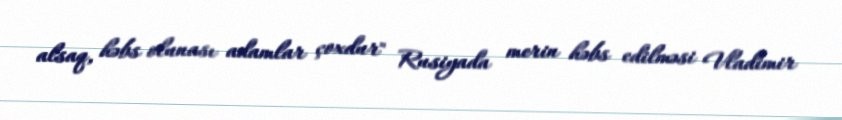
alsaq, həbs olunası adamlar çoxdur" Rusiyada merin həbs edilməsi Vladimir